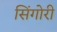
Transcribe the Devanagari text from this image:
सिंगोरी